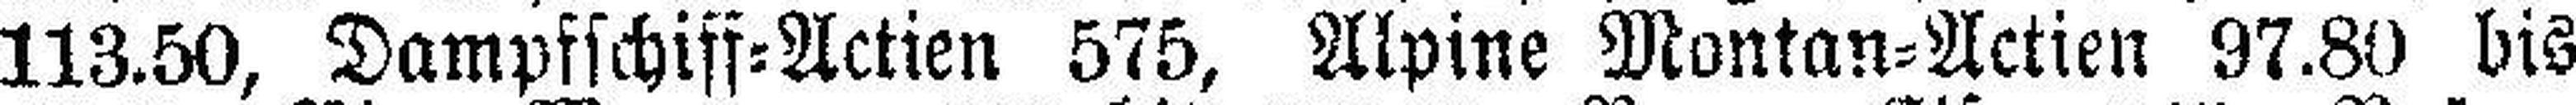
113.50, Dampfschiff=Actien 575, Alpine Montan=Actien 97.80 bis